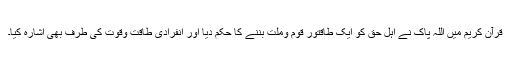
قرآن کریم میں اللہ پاک نے اہل حق کو ایک طاقتور قوم وملت بننے کا حکم دیا اور انفرادی طاقت وقوت کی طرف بھی اشارہ کیا۔